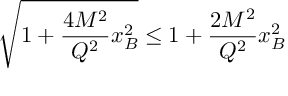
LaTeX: \sqrt { 1 + \frac { 4 M ^ { 2 } } { Q ^ { 2 } } x _ { B } ^ { 2 } } \leq 1 + \frac { 2 M ^ { 2 } } { Q ^ { 2 } } x _ { B } ^ { 2 }